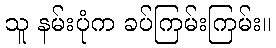
သူ နမ်းပုံက ခပ်ကြမ်းကြမ်း။